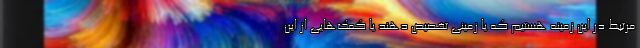
مرتبط در این زمینه هستیم که یا زمینی تخصیص دهند یا کمک‌‌هایی از این